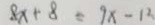
8 x + 8 = 9 x - 1 2